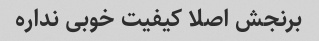
برنجش اصلا کیفیت خوبی نداره